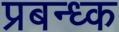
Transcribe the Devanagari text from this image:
प्रबन्ध्क